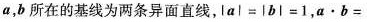
a，b所在的基线为两条异面直线，$$\mid a \mid = \mid b \mid = 1$$，$$a b =